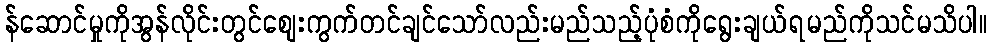
န်ဆောင်မှုကိုအွန်လိုင်းတွင်စျေးကွက်တင်ချင်သော်လည်းမည်သည့်ပုံစံကိုရွေးချယ်ရမည်ကိုသင်မသိပါ။